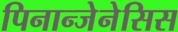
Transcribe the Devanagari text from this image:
पिनान्जेनेसिस